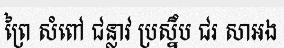
ព្រៃ សំពៅ ជន្លាវ ប្រស្នឹប ជរ សាអង